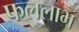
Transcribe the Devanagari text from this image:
फललाभ